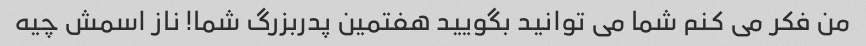
من فکر می کنم شما می توانید بگویید هفتمین پدربزرگ شما! ناز اسمش چیه